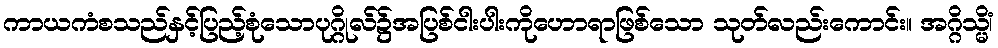
ကာယကံစသည်နှင့်ပြည့်စုံသောပုဂ္ဂိုလ်၌အပြစ်ငါးပါးကိုဟောရာဖြစ်သော သုတ်လည်းကောင်း။ အဂ္ဂိသ္မိံ၊